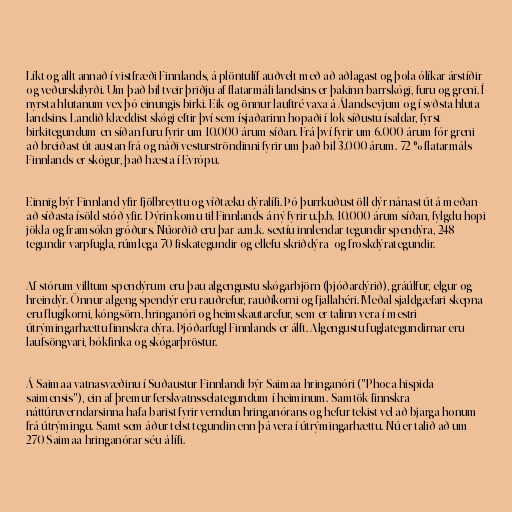
Líkt og allt annað í vistfræði Finnlands, á plöntulíf auðvelt með að aðlagast og þola ólíkar árstíðir
og veðurskilyrði. Um það bil tveir þriðju af flatarmáli landsins er þakinn barrskógi, furu og greni. Í
nyrsta hlutanum vex þó einungis birki. Eik og önnur lauftré vaxa á Álandseyjum og í syðsta hluta
landsins. Landið klæddist skógi eftir því sem ísjaðarinn hopaði í lok síðustu ísaldar, fyrst
birkitegundum en síðan furu fyrir um 10.000 árum síðan. Frá því fyrir um 6.000 árum fór greni
að breiðast út austan frá og náði vesturströndinni fyrir um það bil 3.000 árum. 72 % flatarmáls
Finnlands er skógur, það hæsta í Evrópu.

Einnig býr Finnland yfir fjölbreyttu og víðtæku dýralífi. Þó þurrkuðust öll dýr nánast út á meðan
að síðasta ísöld stóð yfir. Dýrin komu til Finnlands á ný fyrir u.þ.b. 10.000 árum síðan, fylgdu hopi
jökla og framsókn gróðurs. Núorðið eru þar a.m.k. sextíu innlendar tegundir spendýra, 248
tegundir varpfugla, rúmlega 70 fiskategundir og ellefu skriðdýra- og froskdýrategundir.

Af stórum villtum spendýrum eru þau algengustu skógarbjörn (þjóðardýrið), gráúlfur, elgur og
hreindýr. Önnur algeng spendýr eru rauðrefur, rauðíkorni og fjallahéri. Meðal sjaldgæfari skepna
eru flugíkorni, kóngsörn, hringanóri og heimskautarefur, sem er talinn vera í mestri
útrýmingarhættu finnskra dýra. Þjóðarfugl Finnlands er álft. Algengustu fuglategundirnar eru
laufsöngvari, bókfinka og skógarþröstur.

Á Saimaa-vatnasvæðinu í Suðaustur-Finnlandi býr Saimaa-hringanóri ("Phoca hispida
saimensis"), ein af þremur ferskvatnsselategundum í heiminum. Samtök finnskra
náttúruverndarsinna hafa barist fyrir verndun hringanórans og hefur tekist vel að bjarga honum
frá útrýmingu. Samt sem áður telst tegundin enn þá vera í útrýmingarhættu. Nú er talið að um
270 Saimaa-hringanórar séu á lífi.